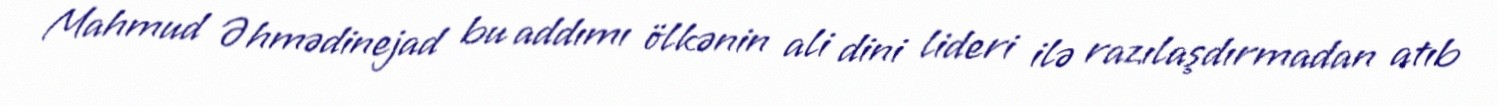
Mahmud Əhmədinejad bu addımı ölkənin ali dini lideri ilə razılaşdırmadan atıb